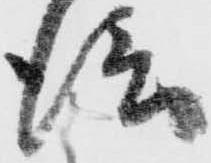
信